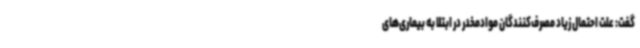
گفت: علت احتمال زیاد مصرف‌کنندگان موادمخدر در ابتلا به بیماری‌های